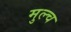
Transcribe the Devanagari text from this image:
मुल्च